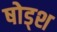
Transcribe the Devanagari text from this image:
षोड्श